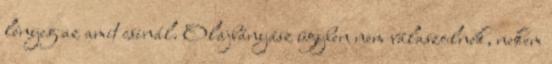
lényeg az amit csinál. Olajbányász ügyben nem válaszolnék, nekem